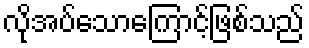
လိုအပ်သောကြောင့်ဖြစ်သည်